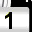
Digit: 1